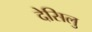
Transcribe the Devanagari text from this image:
देसिलु